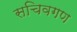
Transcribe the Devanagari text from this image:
सचिवगण